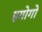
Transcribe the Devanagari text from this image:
हयोगो